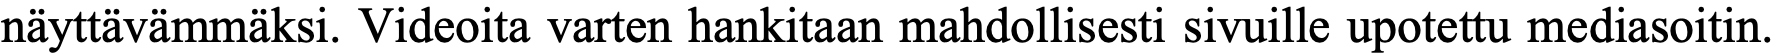
näyttävämmäksi. Videoita varten hankitaan mahdollisesti sivuille upotettu mediasoitin.